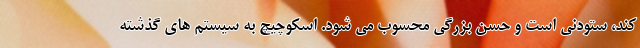
کند، ستودنی است و حسن بزرگی محسوب می شود. اسکوچیچ به سیستم های گذشته